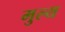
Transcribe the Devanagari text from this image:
मुल्‍य